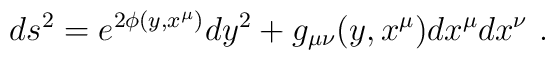
ds^2 = e^{2\phi (y, x^{\mu})} dy^2 + g_{\mu\nu} (y,x^{\mu} ) dx^{\mu} dx^{\nu}  \ .